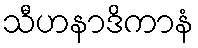
သီဟနာဒိကာနံ